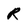
Character: R